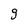
Character: 9